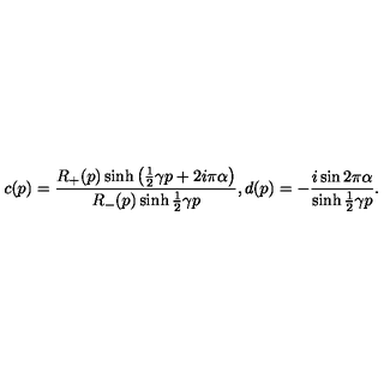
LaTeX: c ( p ) = \frac { R _ { + } ( p ) \sinh \left( \frac { 1 } { 2 } \gamma p + 2 i \pi \alpha \right) } { R _ { - } ( p ) \sinh \frac { 1 } { 2 } \gamma p } , d ( p ) = - \frac { i \sin 2 \pi \alpha } { \sinh \frac { 1 } { 2 } \gamma p } .